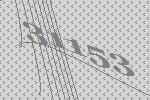
31153